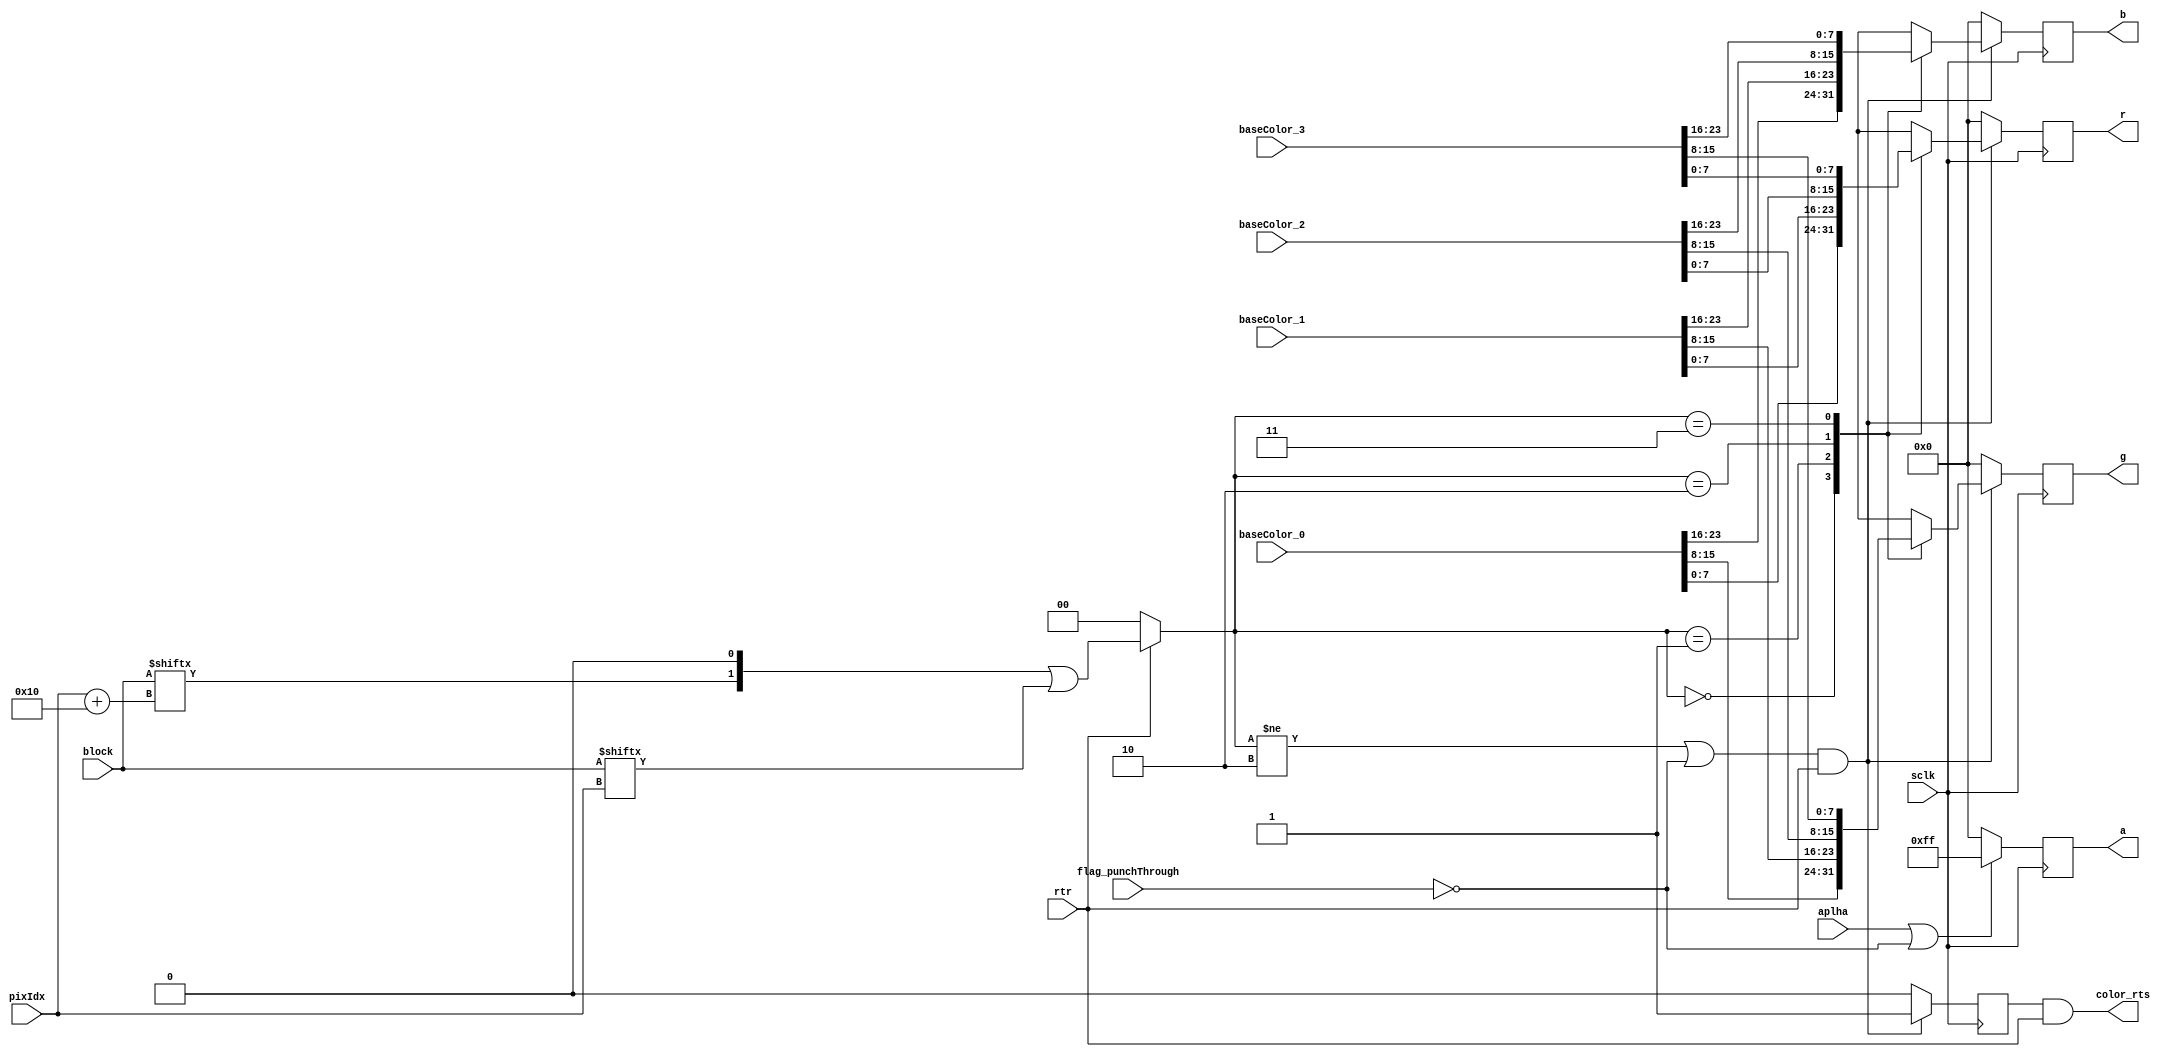
module etc_rgb_decoder_th_generator(
    sclk,
    //rsrt,
    rtr,
    
    flag_punchThrough,
    aplha,
    pixIdx,
    block,
    baseColor_0,
    baseColor_1,
    baseColor_2,
    baseColor_3,

    // output
    color_rts,
    r,
    g,
    b,
    a
    );

input sclk;
//input rsrt;
input rtr;

input flag_punchThrough;
input aplha;
input[3 :0] pixIdx;
input[63:0] block;
input[8 * 3 - 1:0] baseColor_0;
input[8 * 3 - 1:0] baseColor_1;
input[8 * 3 - 1:0] baseColor_2;
input[8 * 3 - 1:0] baseColor_3;

// output
output color_rts;
output[7:0] r;
output[7:0] g;
output[7:0] b;
output[7:0] a;

reg[1:0] index;
always@(*) begin
    index = 2'b0;

    //if (rsrt) begin
        //index = 2'b0;
    //end
    if (rtr) begin
        index = (block[pixIdx + 5'd16] << 1 | block[pixIdx]);
    end
end

reg valid;
reg[7:0] r_d;
reg[7:0] g_d;
reg[7:0] b_d;
reg[7:0] a_d;

assign color_rts = valid && rtr;
assign r = r_d;
assign g = g_d;
assign b = b_d;
assign a = a_d;

always@(posedge sclk) begin
    r_d   <= 8'd0;
    g_d   <= 8'd0;
    b_d   <= 8'd0;
    a_d   <= 8'd0;
    valid <= 1'b0;
    if ((index != 2 || flag_punchThrough == 1'b0) && rtr) begin
        case(index) 
        2'b00 : begin 
            r_d <= baseColor_0[7 : 0];
            g_d <= baseColor_0[15: 8];
            b_d <= baseColor_0[23:16];
        end
        2'b01 : begin
            r_d <= baseColor_1[7 : 0];
            g_d <= baseColor_1[15: 8];
            b_d <= baseColor_1[23:16];
        end
        2'b10 : begin
            r_d <= baseColor_2[7 : 0];
            g_d <= baseColor_2[15: 8];
            b_d <= baseColor_2[23:16];
            end
        2'b11 : begin
            r_d <= baseColor_3[7 : 0];
            g_d <= baseColor_3[15: 8];
            b_d <= baseColor_3[23:16];
            end
        endcase
        valid <= 1'b1;
    end
    
    if (aplha || flag_punchThrough == 1'b0) begin
        a_d <= 8'd255;
    end
end

endmodule